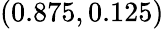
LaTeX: (0.875,0.125)